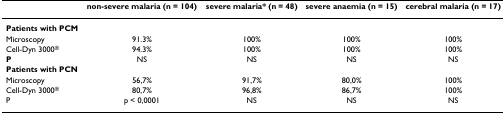
<table><thead><tr><td></td><td><b>non-severe malaria (n = 104)</b></td><td><b>severe malaria* (n = 48)</b></td><td><b>severe anaemia (n = 15)</b></td><td><b>cerebral malaria (n = 17)</b></td></tr></thead><tbody><tr><td><b>Patients with PCM</b></td><td></td><td></td><td></td><td></td></tr><tr><td>Microscopy</td><td>91.3%</td><td>100%</td><td>100%</td><td>100%</td></tr><tr><td>Cell-Dyn 3000<sup>®</sup></td><td>94.3%</td><td>100%</td><td>100%</td><td>100%</td></tr><tr><td><b>P</b></td><td>NS</td><td>NS</td><td>NS</td><td>NS</td></tr><tr><td><b>Patients with PCN</b></td><td></td><td></td><td></td><td></td></tr><tr><td>Microscopy</td><td>56,7%</td><td>91,7%</td><td>80,0%</td><td>100%</td></tr><tr><td>Cell-Dyn 3000<sup>®</sup></td><td>80,7%</td><td>96,8%</td><td>86,7%</td><td>100%</td></tr><tr><td>P</td><td>p &lt; 0,0001</td><td>NS</td><td>NS</td><td>NS</td></tr></tbody></table>